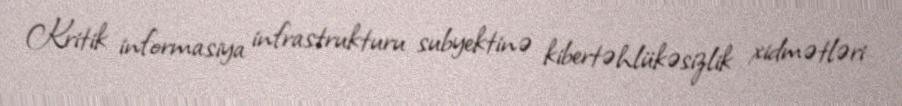
Kritik informasiya infrastrukturu subyektinə kibertəhlükəsizlik xidmətləri